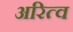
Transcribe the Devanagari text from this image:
अरित्व